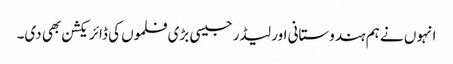
انہوں نے ہم ہندوستانی اور لیڈر جیسی بڑی فلموں کی ڈائریکشن بھی دی۔